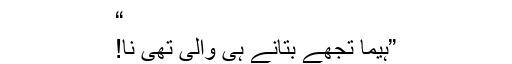
“
”ہیما تجھے بتانے ہی والی تھی نا!